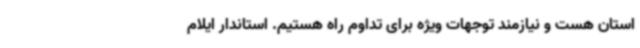
استان هست و نیازمند توجهات ویژه برای تداوم راه هستیم. استاندار ایلام